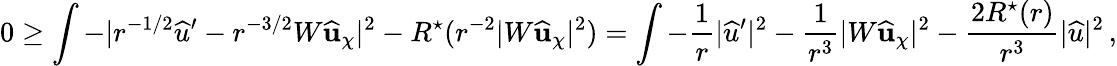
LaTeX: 0\geq\int-|r^{-1/2}{\widehat{u}}^{\prime}-r^{-3/2}W\widehat{\mathbf{u}}_{\chi}|^{2}-R^{\star}(r^{-2}|W\widehat{\mathbf{u}}_{\chi}|^{2})=\int-\frac{1}{r}|{\widehat{u}}^{\prime}|^{2}-\frac{1}{r^{3}}|W\widehat{\mathbf{u}}_{\chi}|^{2}-\frac{2R^{\star}(r)}{r^{3}}|{\widehat{u}}|^{2}\, ,